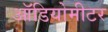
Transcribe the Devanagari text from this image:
ऑडियोमीटर